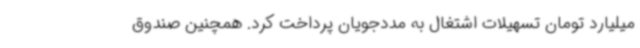
میلیارد تومان تسهیلات اشتغال به مددجویان پرداخت کرد. همچنین صندوق